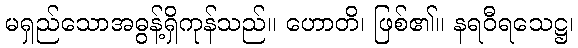
မရှည်သောအဓွန့်ရှိကုန်သည်။ ဟောတိ၊ ဖြစ်၏။ နရဝီရသေဋ္ဌ၊